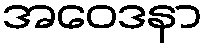
အဝေဒနာ